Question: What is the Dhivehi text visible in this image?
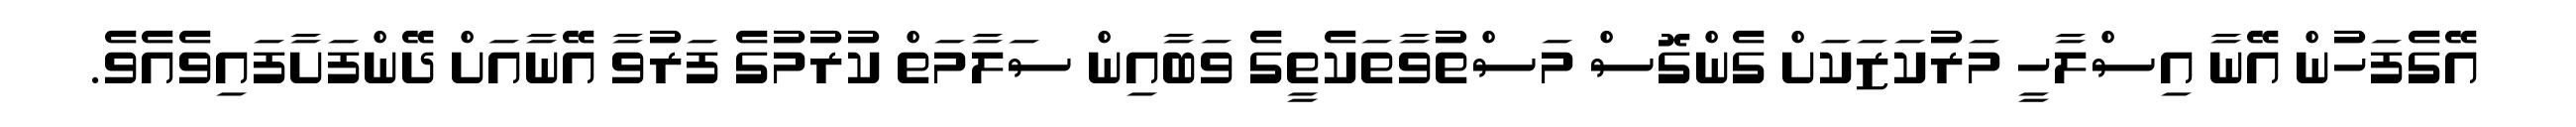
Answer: އޭގެފަހުން އޭނާ އިސްލާހީ މަރުކަޒަކަށް ގެންގޮސް މަސްތުވާތަކެތީގެ ވަބާއިން ސަލާމަތް ކުރުމުގެ ފަރުވާ އޭނާއަށް ދޭންފަށާފައިވެއެވެ.